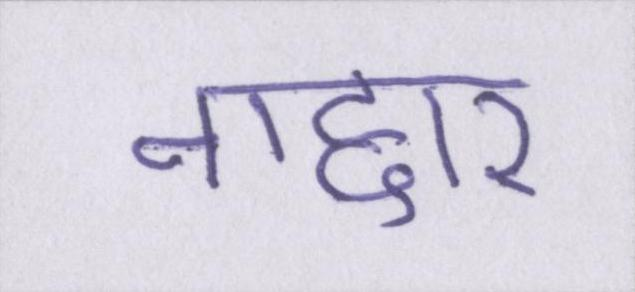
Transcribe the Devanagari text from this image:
गद्दार